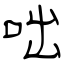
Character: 咄